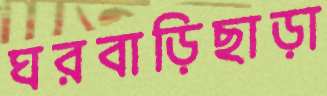
ঘরবাড়িছাড়া